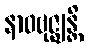
နာဝဗုဇ္ဈန္တိ